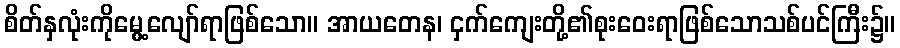
စိတ်နှလုံးကိုမွေ့လျော်ရာဖြစ်သော။ အာယတေန၊ ငှက်ကျေးတို့၏စုးဝေးရာဖြစ်သောသစ်ပင်ကြီး၌။